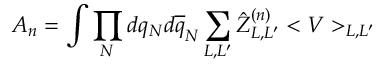
A _ { n } = \int \prod _ { N } d q _ { N } d \overline { { q } } _ { N } \sum _ { L , L ^ { \prime } } \hat { Z } _ { L , L ^ { \prime } } ^ { ( n ) } < V > _ { L , L ^ { \prime } }